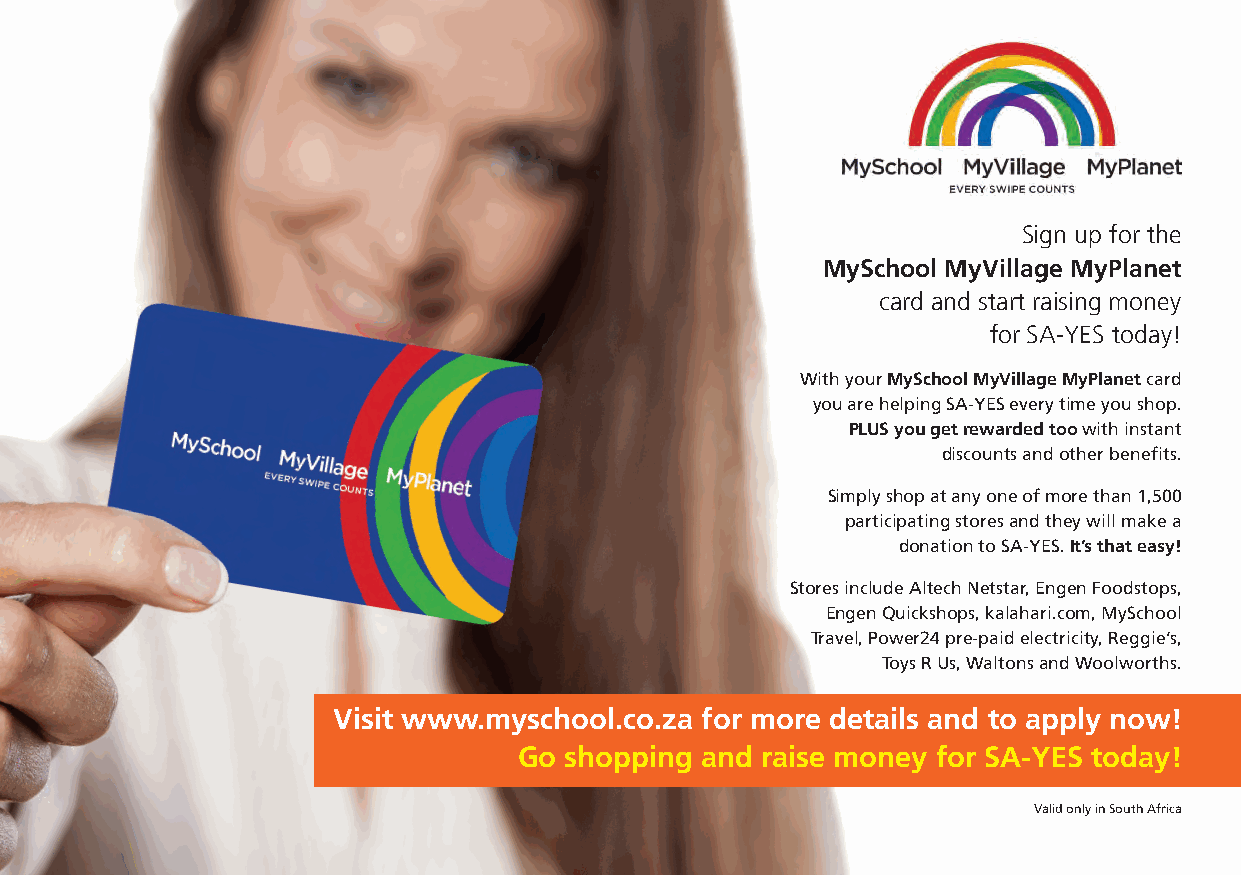
Sign up for the
 MySchool MyVillage MyPlanet
 card and start raising money
 for SA-YES today!
 With yourMySchool MyVillage MyPlanet card
 you are helping SA-YES every time you shop.
 PLUS you get rewarded toowith instant
 discounts and other benefits.
 Simply shop at any one of more than 1,500
 participating stores and they will make a
 donation to SA-YES.It’s that easy!
 Stores include Altech Netstar, Engen Foodstops,
 Engen Quickshops, kalahari.com, MySchool
 Travel, Power24 pre-paid electricity, Reggie’s,
 Toys R Us, Waltons and Woolworths.
 Visit www.myschool.co.za for more details and to apply now!
 Go shopping and raise money for SA-YES today!
 Valid only in South Africa